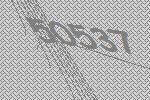
50537